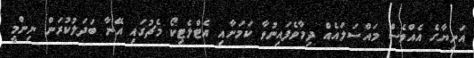
އަނިޔާގެ އެއްވެސް މައްސަލައެއް ދިމާވެފައިނުވާ ކަމަށާއި އެޓްލެޓިކޯ މެޗުގައި އޭނާ ބަދަލުކުރަން ނިންމީ